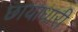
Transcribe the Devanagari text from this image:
छायाधारी